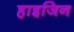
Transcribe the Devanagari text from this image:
हाइजिन